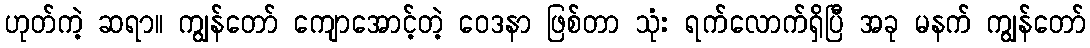
ဟုတ်ကဲ့ ဆရာ။ ကျွန်တော် ကျောအောင့်တဲ့ ဝေဒနာ ဖြစ်တာ သုံး ရက်လောက်ရှိပြီ အခု မနက် ကျွန်တော်